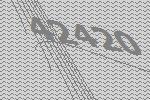
42420